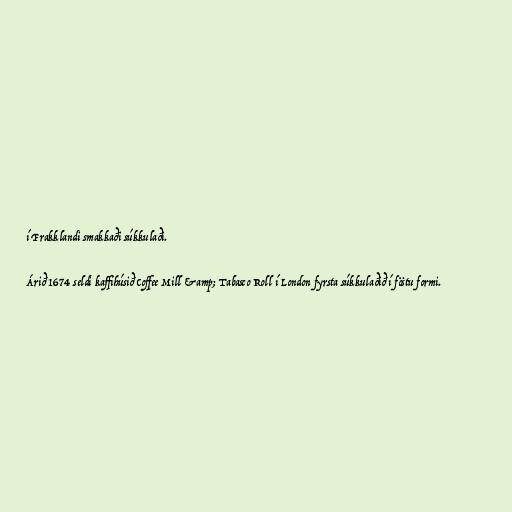
í Frakklandi smakkaði súkkulaði.

Árið 1674 seldi kaffihúsið Coffee Mill &amp; Tabasco Roll í London fyrsta súkkulaðið í föstu formi.